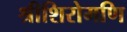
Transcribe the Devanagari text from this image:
श्रीशिरोमणि